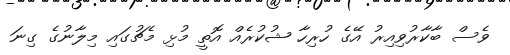
ވެސް ބާކާރުވިއިރު އޭގެ ހުރިހާ ޝުކުރެއް އޮތީ މުޅި މެޗުގައި މިލާނުގެ ގިނަ